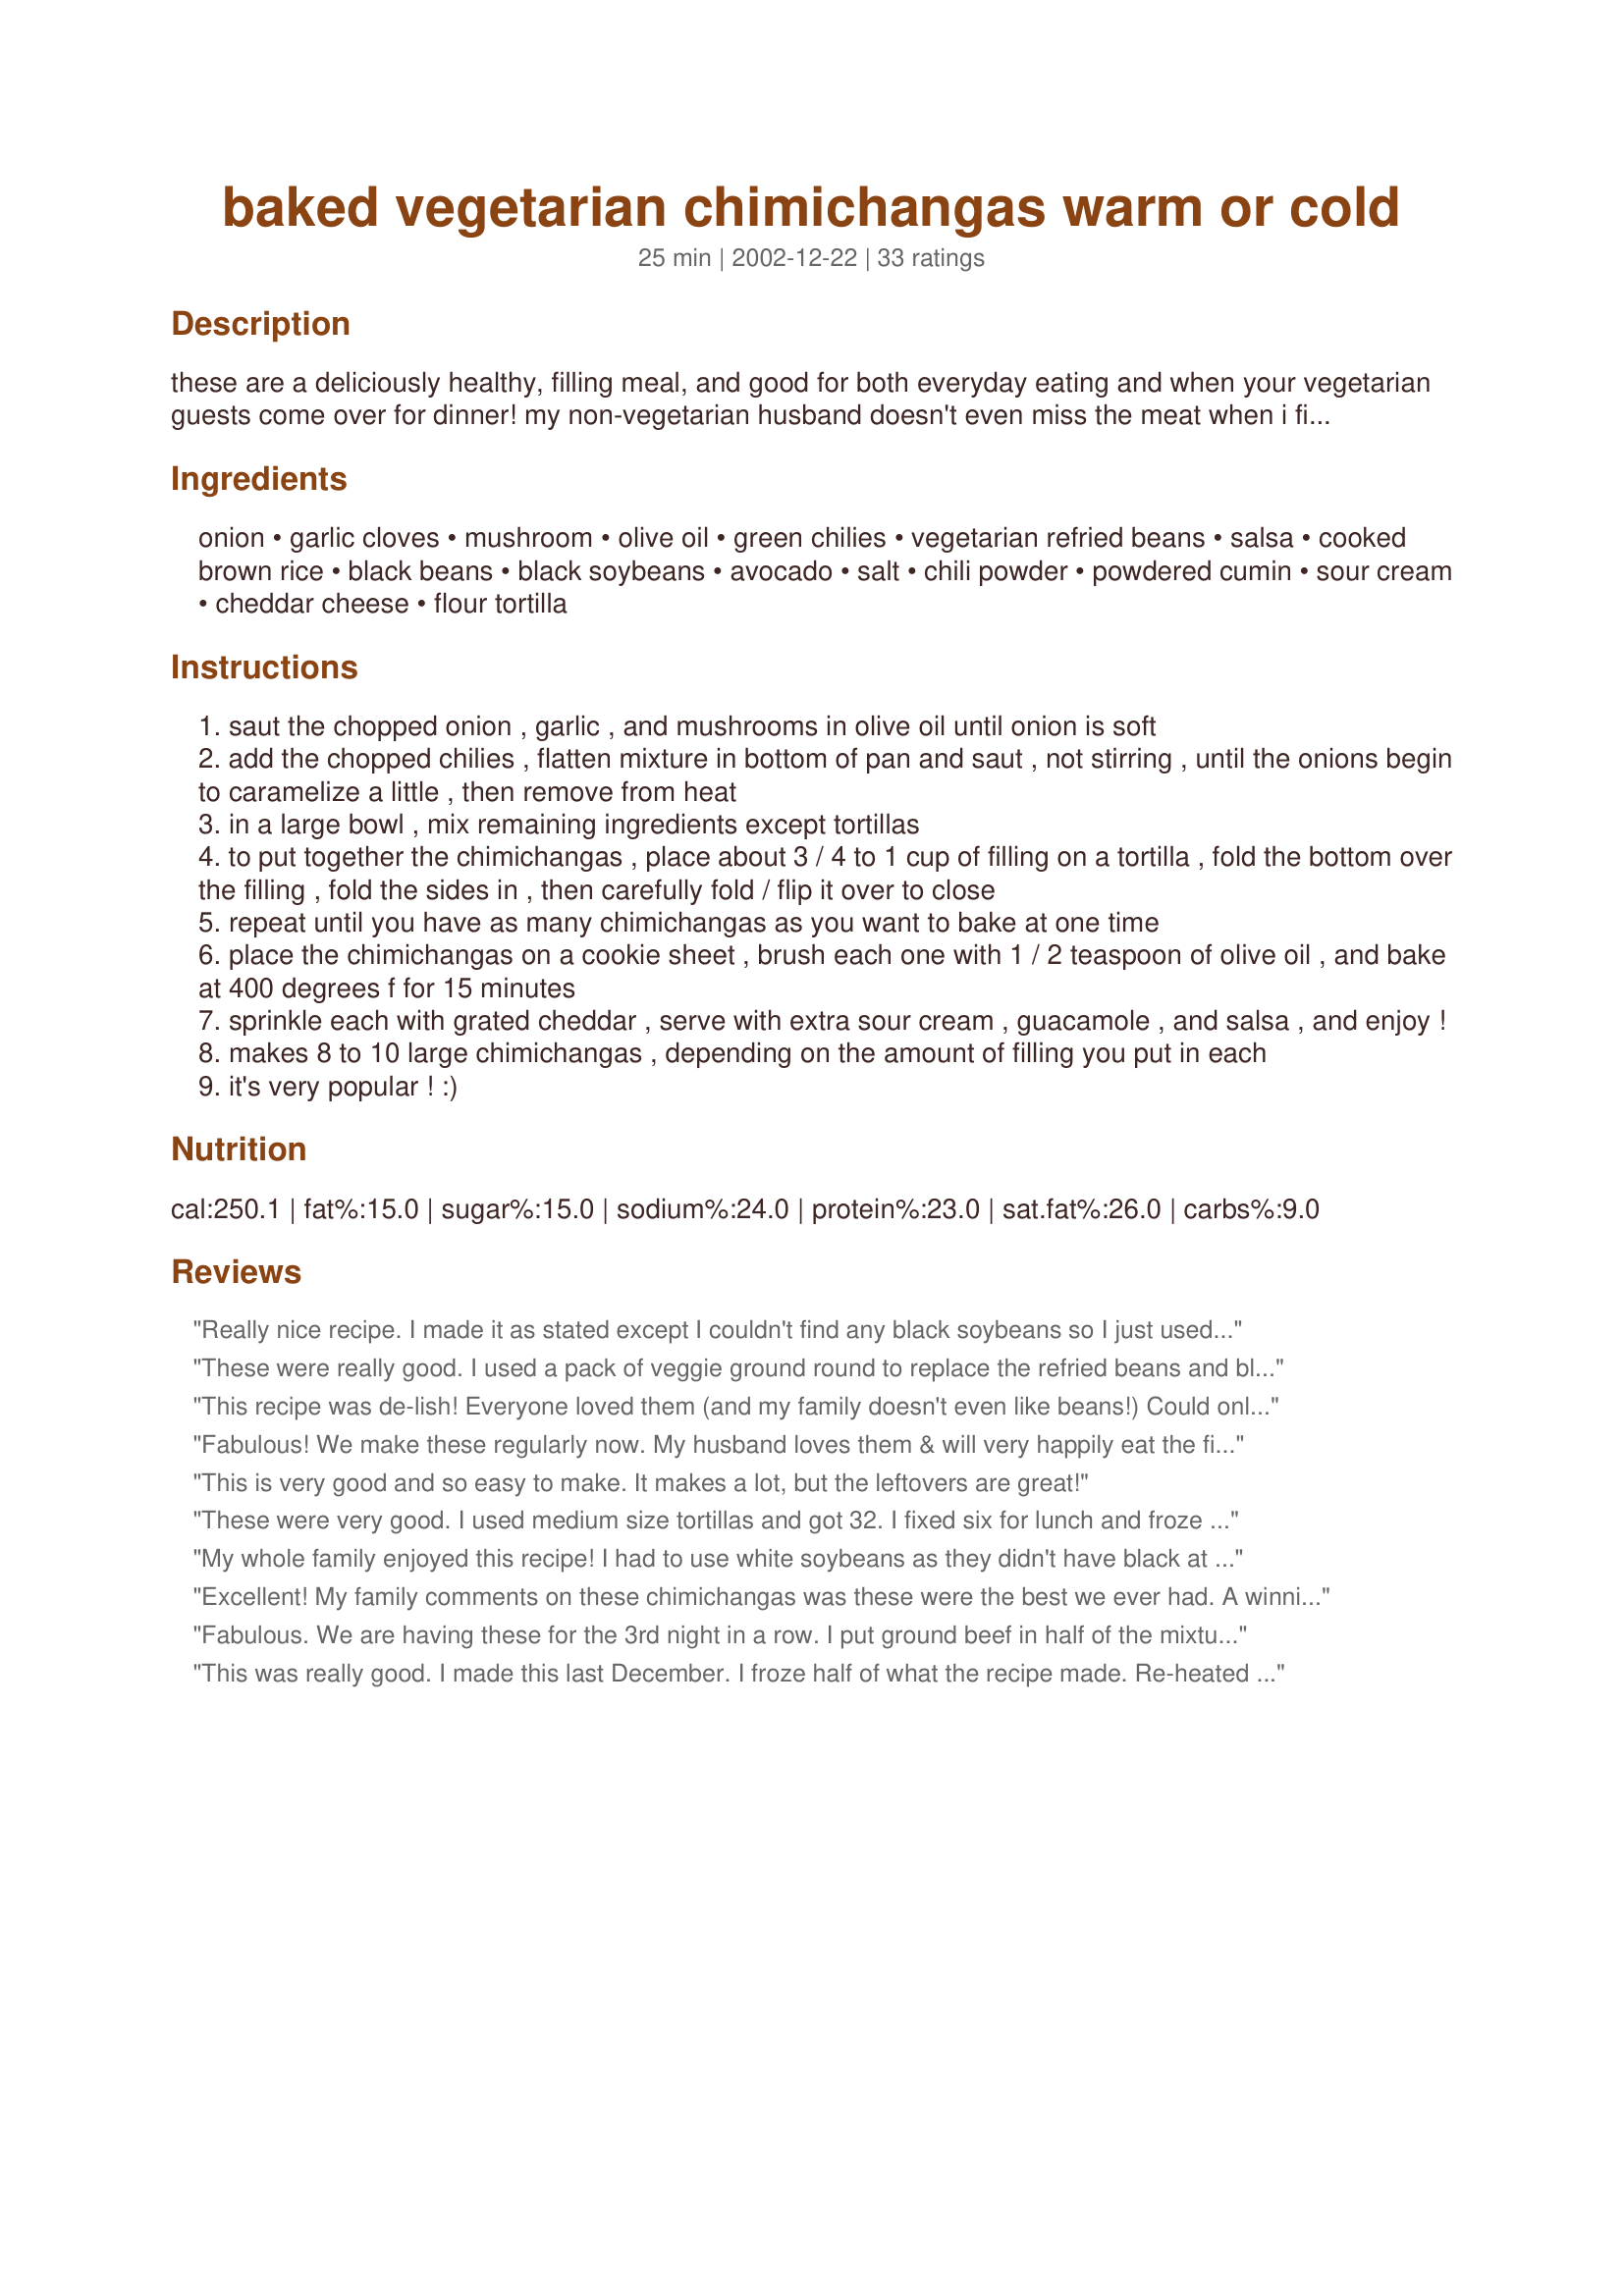
baked vegetarian chimichangas warm or cold
Preparation time: 25 minutes

these are a deliciously healthy, filling meal, and good for both everyday eating and when your vegetarian guests come over for dinner! my non-vegetarian husband doesn't even miss the meat when i fix these. this is a *big* batch, so plan on leftovers. :) good for picnics & potlucks, too... see note below.

Ingredients:
onion, garlic cloves, mushroom, olive oil, green chilies, vegetarian refried beans, salsa, cooked brown rice, black beans, black soybeans, avocado, salt, chili powder, powdered cumin, sour cream, cheddar cheese, flour tortilla

Steps:
saut the chopped onion , garlic , and mushrooms in olive oil until onion is soft
add the chopped chilies , flatten mixture in bottom of pan and saut , not stirring , until the onions begin to caramelize a little , then remove from heat
in a large bowl , mix remaining ingredients except tortillas
to put together the chimichangas , place about 3 / 4 to 1 cup of filling on a tortilla , fold the bottom over the filling , fold the sides in , then carefully fold / flip it over to close
repeat until you have as many chimichangas as you want to bake at one time
place the chimichangas on a cookie sheet , brush each one with 1 / 2 teaspoon of olive oil , and bake at 400 degrees f for 15 minutes
sprinkle each with grated cheddar , serve with extra sour cream , guacamole , and salsa , and enjoy !
makes 8 to 10 large chimichangas , depending on the amount of filling you put in each
it's very popular ! :)

Reviews:
Really nice recipe. I made it as stated except I couldn't find any black soybeans so I just used two cans of black beans, which I rinsed before using. Next time i make this I will either freeze half the mixture or just halve the recipe as it makes a lot! But other than it making a lot it was a good recipe. Thanks, I'll definately be making this again as it was easy and tasty!!
These were really good. I used a pack of veggie ground round to replace the refried beans and black soybeans. Also left out the avocado. My 9 year old loved it too. Served with salsa and yogurt.
This recipe was de-lish! Everyone loved them (and my family doesn't even like beans!) Could only find white soybeans, but they worked just great. Served them with extra sour cream, salsa, and cheddar. Will definitely be making these again and again!
Fabulous!

We make these regularly now. My husband loves them & will very happily eat the filling from a bowl if we run out of tortillas.
This is very good and so easy to make. It makes a lot, but the leftovers are great!
These were very good. I used medium size tortillas and got 32. I fixed six for lunch and froze the rest after I made them up. I'm sure they will be just as good thawed and baked later, if not even better. My DH liked them also - don't think he even noticed there was no meat. Thanks for a great receipe.
My whole family enjoyed this recipe! I had to use white soybeans as they didn't have black at our grocery store, but otherwise made it pretty much just as described. I used the mushrooms, but I didn't think they added much -- you couldn't really taste them. My mushroom hater found and picked them out though, so I may leave them out next time. I filled 10 large tortillas to bursting, and still had a little filling left, so make sure to have enough tortillas on hand!

I will say that the prep took me a lot longer than 10 minutes though (more like 30 to mix and assemble everything), and people should remember to factor in pre-cooking the rice if they don't have cooked rice on hand.
Excellent! My family comments on these chimichangas was these were the best we ever had. A winning recipe as far as we are concerned and no one missed the meat! I did have a real lot of mixture left over -- no problem we are refrigerating the mixture and having them again later this week. Leftovers that no one is complaining about -- a keeper recipe for us. Thanks Julesong for posting this recipe that we will be having often.
Fabulous. We are having these for the 3rd night in a row. I put ground beef in half of the mixture for my DH. This makes and ton. I froze the filling into individual servings and it thaws great. Thanks for a recipe that will be made often.
This was really good. I made this last December. I froze half of what the recipe made. Re-heated very well for a quick lunch or dinner. Will definately make this again.
These really were great. Quick to make, tasted wonderful, PLUS they freeze very well. After baking all 10, my family only ate 6 of them, so I froze the other 4. I defrosted later and re-heated in the microwave for 2 minutes and they were delish! Thanks for sharing.
I made these for the Freezer Tag game in the Budget/OAMC forum. They are excellent!! I made one pan to eat immediately, and froze the rest. For some, I wrapped the filling into the tortilla. For others, I froze just the filling, in "logs" about the shape and size I needed for one tortilla. In both cases, I put them on a baking sheet and into the freezer until they were solid. Then I wrapped each one in waxed paper and stored in a freezer bag. To use, I thawed individual portions for a few minutes in the microwave, then toasted them in the toaster oven till crispy. I used fresh tortillas for the "logs" and thawed the filling before wrapping. I used whole wheat tortillas, and topped with sour cream, and if you like, a healthy bit of chopped cilantro. Yum!!!
This recipe is a healthy alternative as it is not fried. They were very well recieved by my family one of whom is vegetarian. The left hours were frozen to be used as lunch on the go later in the week. These will become part of my stand by to feed the teens who come to our home!
I hosted a luncheon this weekend, and served baked ham with a cranberry glaze, lemon dill chicken over rice, baked ziti, ect. and this recipe for the chimichangas. Much to my surprise this was the biggest hit! I had so many rave reviews and had to print up copies of the recipe for several of my guests. To be honest I'm a meat kinda guy and I was blown away by them too. As with other reviews I couldn't find the soybeans so I doubled up on drained and rinsed black beans I didn't use the mushrooms or the avocado. I used 8" torts to make them more buffet friendly with about 1/4 cup of filling in each. The recipe made about 18 chimichangas.
Just terrific. I didn't have time to look around for black soy beans so I used 2 cans regular black beans. Well seasoned and it does make a lot but my family was happy to eat the left-overs the next day. Very nice recipe. Thanks.
These were absolutely FANTASTIC!! I'm always on the look out for vegetarian dishes during Lent, as my family gets sick of always eating quesadillas and tostadas. EVERYONE loved these!! There was tons of filling to make a lot of chimis, but those chimis didn't have a fighting chance...they were gone! I will definitly be making these again, even after Lent. Thanks so much Julesong!
I had some leftover cooked brown/wild rice pilaf that gave it a nutty & chewier texture. Also added small dice zucchini and pepper jack cheese. These are delicious, versatile and not fried!
This was absolutely terrific!! Everyone should try this! I'm freezing the rest--between us, we only ate 3 chimichangas, so there are 8 left. I didn't use the black soy beans--I kind of did this at the last minute and didn't have time to go to lots of different grocery stores. Terrific recipe, served with homemade salsa and guac. Also used fat free sour cream. Thanks for a keeper!!
This made way more than the recipe stated, they kept well and were delicious as leftovers. I even had meat eating co workers asking for the recipe. Very filling and easy to make.
I've made this recipe a couple of times now, and I just love it! The first time I made these, I used the mushrooms but realized while eating them that I couldn't really taste them, so I don't use them anymore. I think they do make a great low-calorie filler if people want to use them though. I follow everything else as directed except I use pinto beans in place of the black soybeans, because my grocery store doesn't sell those. I especially love these, because I make them for dinner for my husband and I, and I still have enough left over to eat for lunch for a week! Thank you for a great, healthy recipe!
I love vegetarian cuisine and this was excellent. I also couldn't find black soy beans so just used two cans of black beans that I rinsed and drained. This was very well seasoned, hearty, and filling. The left-overs freeze and reheat well. Thanks for posting this. This would be just fine for entertaining your veggie-head friends or non-veggies, too.
Good stuff! They freeze really well too, which is great for a one-person chef like me. Will be making again!
I cant believe how good these were. I will be making these again. even my kids liked them.
I've been wanting to make this for a while, then lost the recipe, and recently found it! Before I tell you how great they are, I omitted the mushrooms (don't eat them) and avocado (too much fat, albeit good fat), and halved this to the best of my ability. I omitted the black soy beans as the store didn't carry them. I also subbed low-fat Greek yogurt for sour cream. Used the whole can of chiles. Finally, these were AMAZINGLY good! I had these both warm and cold and they were every bit as good cold. If you don't have to cook the rice first it is a really quick meal. My only minor recommendation would be if you want them a bit crispier, add 5 minutes to cooking time. Will definitely be making these again (even after I use the leftovers sitting in the freezer). Thanks so much Julesong!
My husband who is an avid meat eater just confessed that this recipe is by far the best chimichanga he has EVER had anywhere!!! That's quite the compliment!! I halved the recipe thinking to make 4 for our 2 person household, however the filling easily made 6 very large chimichanga's. I also used fat free refried beans, fat free sour cream and part skim cheddar cheese. Be sure to rinse your black and soybeans, this is not stated in the recipe but is a must, even if you use unsalted beans(which I also did).
I was so excited to find black soy beans in my health food store because my partner is allergic to regular black/pinto beans. So i made this dish with refried black soy beans as well as added the whole soy beans. I ran out of cumin so i ended up using some cajun seasoning and chili powder...very tasty. really great recipe.
These were great! I made half with leftover pork and half as written. Great for a party b/c they did make a ton!
Loved these! I omitted the soy beans and used a vegan cheese sauce.
My husband and I made these for a Valentine's dinner this year and they were fabulous! We used canned mushrooms, basmati rice and regular soybeans. So delicious - we will definitely make these again.
Delicious! I cut the recipe roughly in half and made 6 chimichangas. I used 1 15 oz can black beans and 1 15 oz can refried beans and no rice. Very easy, which makes it even more tasty
Loved these! We have just started eating mostly vegetarian and my whole family loved them. no one missed the meat at all. I left out the cumin and chili powder because of my kids but I still think it had tons of flavor. I also used whole wheat flour tortillas and garnished with fresh pico de gallo and guacamole. Had so much that I froze half the mixture for easy dinner next week. Thanks!!!
I almost hate to review this recipe because I had to work with what I had, since I'm the sole vegetarian in the family & couldn't have a huge amt of leftovers! I used leftover black beans from recipe#52177, brown rice & mushrooms; added more cumin & chili powder for spice. I didn't use the refried beans; black beans were enough for me. I thought the recipe was amazing! However, the filling was too hot (temperature-wise) so made it hard to bite through; next time I may try 350 degrees! I loved the cheese on top. Served with fat free sour cream. Thank you!
Yum! We used one can of black beans and one can of refried beans and that was plenty. If you can't find the black soybeans, don't worry about it because it will be good anyway. We left out the avocado and sour cream and cut back on the cheese. We had a lot of extra filling that we plan to eat as nachos!
